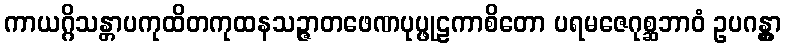
ကာယဂ္ဂိသန္တာပကုထိတကုထနသဉ္ဇာတဖေဏပုပ္ဖုဠကာစိတော ပရမဇေဂုစ္ဆဘာဝံ ဥပဂန္တွာ